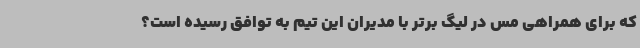
که برای همراهی مس در لیگ برتر با مدیران این تیم به توافق رسیده است؟